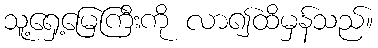
သူ့ရှေ့မြေကြီးကို လာ၍ထိမှန်သည်။